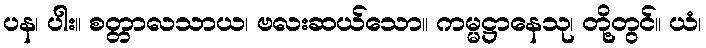
ပန၊ ပါး။ စတ္တာလသာယ၊ ဗလးဆယ်သော။ ကမ္မဋ္ဌာနေသု၊ တို့တွင်။ ယံ၊